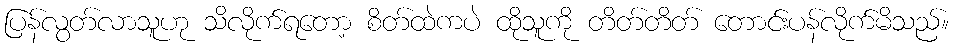
ပြန်လွတ်လာသူဟု သိလိုက်ရတော့ စိတ်ထဲကပဲ ထိုသူကို တိတ်တိတ် တောင်းပန်လိုက်မိသည်။